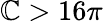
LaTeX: \mathbb{C}>16\pi